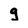
Character: g